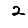
Digit: 2